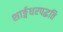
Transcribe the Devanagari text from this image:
शार्ङ्गधरपद्धति